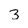
Character: 3